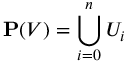
\mathbf { P } ( V ) = \bigcup _ { i = 0 } ^ { n } U _ { i }